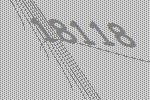
18118